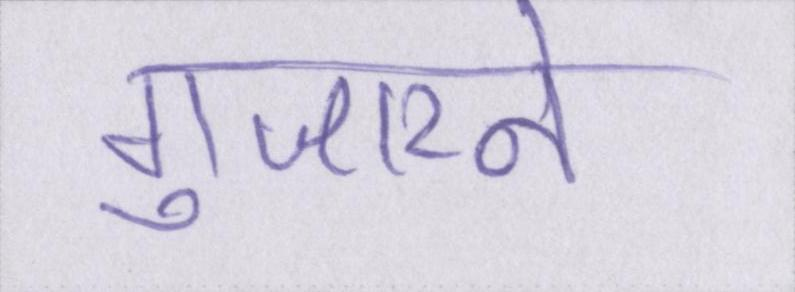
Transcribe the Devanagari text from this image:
गुजारने